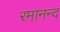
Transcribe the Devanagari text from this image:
रमानन्द